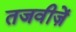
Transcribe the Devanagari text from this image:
तजवीज़ें